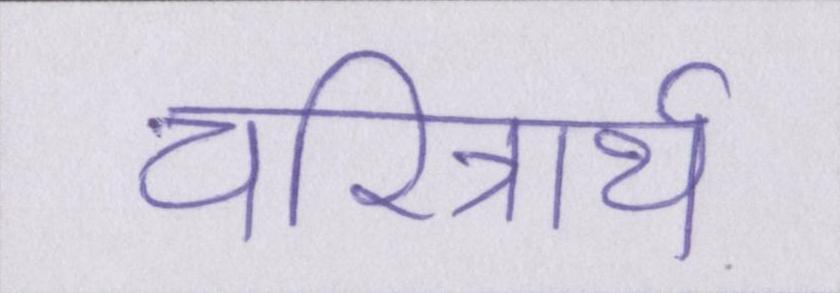
चरित्रार्थ